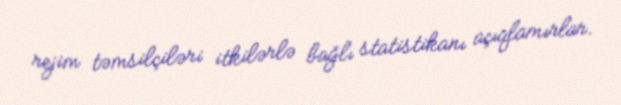
rejim təmsilçiləri itkilərlə bağlı statistikanı açıqlamırlar.